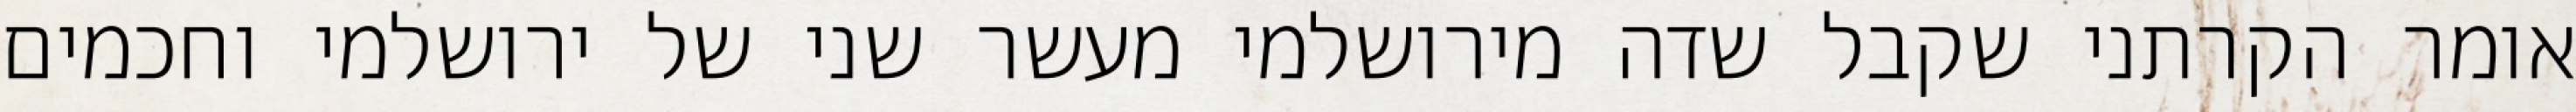
אומר הקרתני שקבל שדה מירושלמי מעשר שני של ירושלמי וחכמים